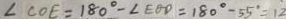
\angle C O E = 1 8 0 ^ { \circ } - \angle E O D = 1 8 0 ^ { \circ } - 5 5 ^ { \circ } = 1 2